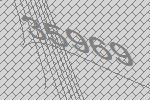
35969